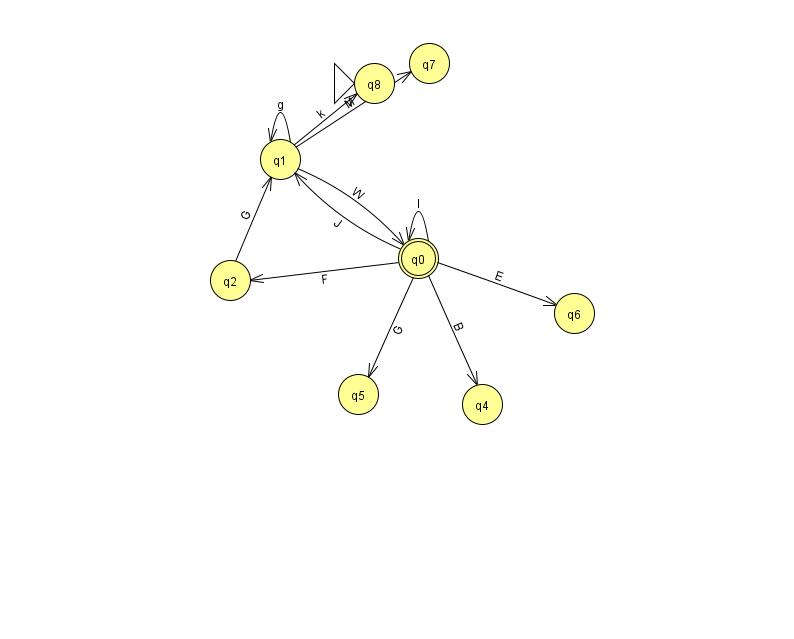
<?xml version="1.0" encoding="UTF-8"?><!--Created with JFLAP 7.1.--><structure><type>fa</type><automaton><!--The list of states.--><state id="0" name="q0"><x>418.0</x><y>245.0</y><final/></state><state id="1" name="q1"><x>280.0</x><y>146.0</y></state><state id="2" name="q2"><x>230.0</x><y>267.0</y></state><state id="4" name="q4"><x>482.0</x><y>391.0</y></state><state id="5" name="q5"><x>358.0</x><y>381.0</y></state><state id="6" name="q6"><x>574.0</x><y>300.0</y></state><state id="7" name="q7"><x>429.0</x><y>50.0</y></state><state id="8" name="q8"><x>374.0</x><y>70.0</y><initial/></state><!--The list of transitions.--><transition><from>1</from><to>0</to><read>W</read></transition><transition><from>1</from><to>8</to><read>k</read></transition><transition><from>0</from><to>5</to><read>G</read></transition><transition><from>1</from><to>7</to><read>M</read></transition><transition><from>1</from><to>1</to><read>g</read></transition><transition><from>0</from><to>0</to><read>I</read></transition><transition><from>0</from><to>6</to><read>E</read></transition><transition><from>2</from><to>1</to><read>G</read></transition><transition><from>0</from><to>1</to><read>J</read></transition><transition><from>0</from><to>2</to><read>F</read></transition><transition><from>0</from><to>4</to><read>B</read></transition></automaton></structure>